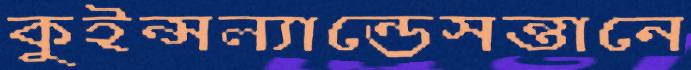
কুইন্সল্যান্ডেসন্তানে